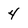
Character: 4